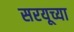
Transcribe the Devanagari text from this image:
सरयूच्या